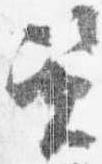
資